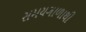
સમયગાળાથી